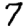
Digit: 7